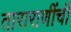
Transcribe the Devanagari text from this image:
ताराराणींची